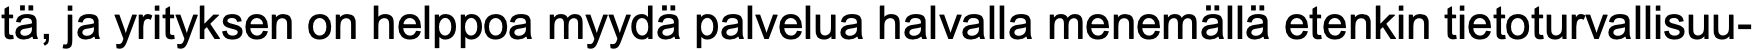
tä, ja yrityksen on helppoa myydä palvelua halvalla menemällä etenkin tietoturvallisuu-